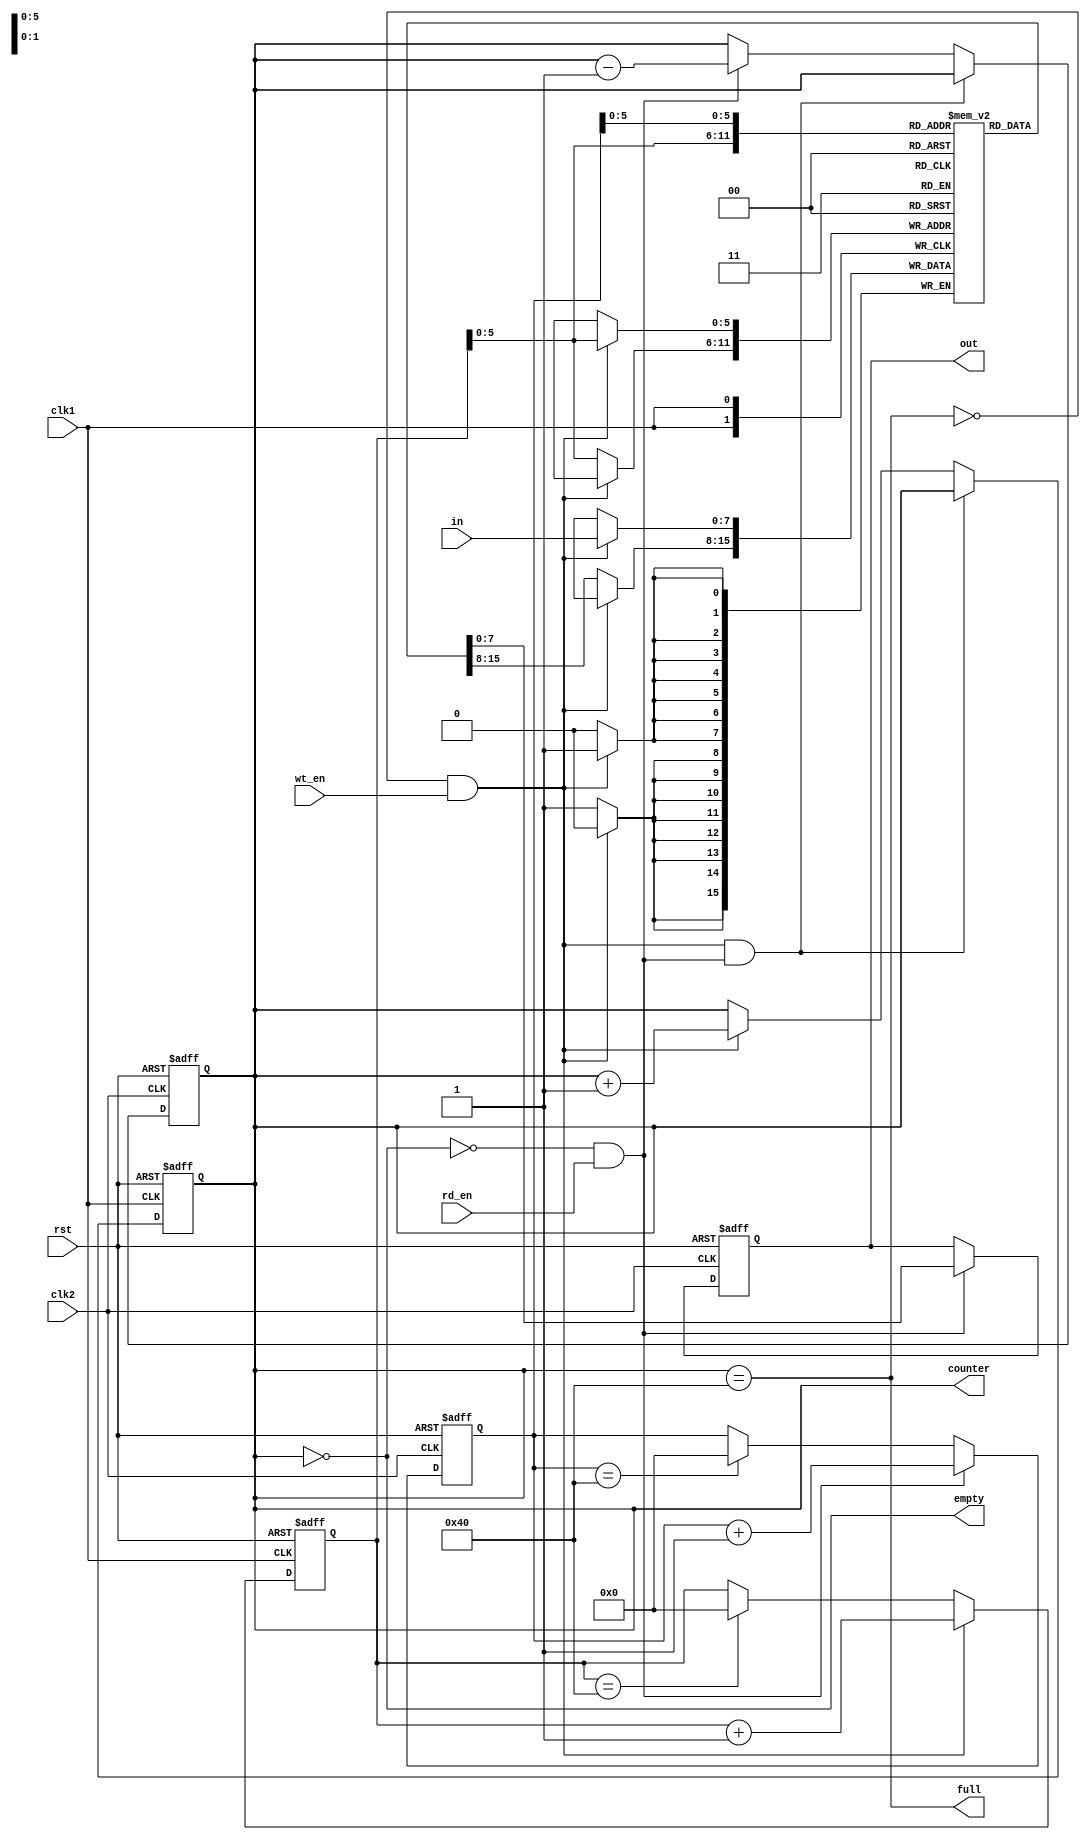
`timescale 1ns / 1ps

module ASYNC_FIFO(in,wt_en,rd_en,clk1,clk2,rst,out,counter,empty,full);
input [7:0] in; //8 bits input of FIFO
  input clk1,clk2,rst; //clk1 is for write part and clk2 is for read part
  input wt_en,rd_en; //wt_en is write enable and rd_en is read enable
  output reg [7:0] out; //8 bits output of FIFO
  output reg [6:0] counter;
  output reg empty,full; 

  reg [7:0] mem[63:0];
  reg [6:0] wt_ptr, rd_ptr;

  //to identify pointer to write on memory using clk1

  always@(posedge clk1 or posedge rst)
    begin

      if(rst)
        begin
          wt_ptr <= 0;
        end
      else
        begin
          if(!full & wt_en) //Head Section 
            wt_ptr <= wt_ptr+1;
          else if(wt_ptr==64)
            wt_ptr <= 0;
          else
            wt_ptr <= wt_ptr;

        end
    end

  //to identify pointer to read from memory using clk2

  always@(posedge clk2 or posedge rst)
    begin

      if(rst)
        begin
          rd_ptr <= 0;
        end
      else
        begin
          if(!empty & rd_en) //Tail Section
            rd_ptr <= rd_ptr+1;
          else if(rd_ptr==64)
            rd_ptr <= 0;
          else
            rd_ptr <= rd_ptr;
        end
    end  

  //Write section

  always@(posedge clk1)
    begin
      if(!full & wt_en)
        mem[wt_ptr] <= in;
      else
        mem[wt_ptr] <= mem[wt_ptr];
    end

  //Read section

  always@(posedge clk2 or posedge rst)
  begin
    if(rst)
      out <= 8'd0;
    else
      begin
        if(!empty & rd_en)
          out <= mem[rd_ptr];
        else 
          out <= out;
      end
  end

  //Counter section of clk1

  always@(posedge clk1 or posedge rst)
    begin
      if(rst)
        counter <= 0;
      else if((!full & wt_en) && (!empty & rd_en))
        counter <= counter;
      else if(!full & wt_en)
        counter <= counter + 1;
      else
        counter <= counter;
    end

  //Counter section of clk2

  always@(posedge clk2 or posedge rst)
    begin
      if(rst)
        counter <= 0;
      else if((!full & wt_en) && (!empty & rd_en))
        counter <= counter;
      else if(!empty & rd_en)
        counter <= counter - 1;
      else
        counter <= counter;
    end

  //for flag indication: empty and full flag

  always@(counter)
    begin
      empty <= counter==0;
      full <= counter==64;
    end

endmodule